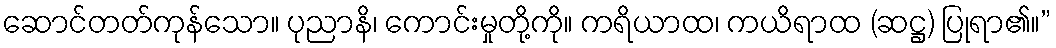
ဆောင်တတ်ကုန်သော။ ပုညာနိ၊ ကောင်းမှုတို့ကို။ ကရိယာထ၊ ကယိရာထ (ဆဋ္ဌ) ပြုရာ၏။”